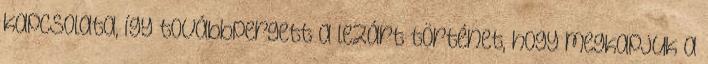
kapcsolata, így továbbpergett a lezárt történet, hogy megkapjuk a